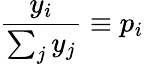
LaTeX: \frac{y_{i}}{\sum_{j}y_{j}}\equiv p_{i}